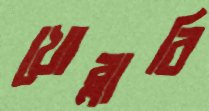
খোব্‌লাবি